Jaan_Tonisson_(Lasteleht), lk 86
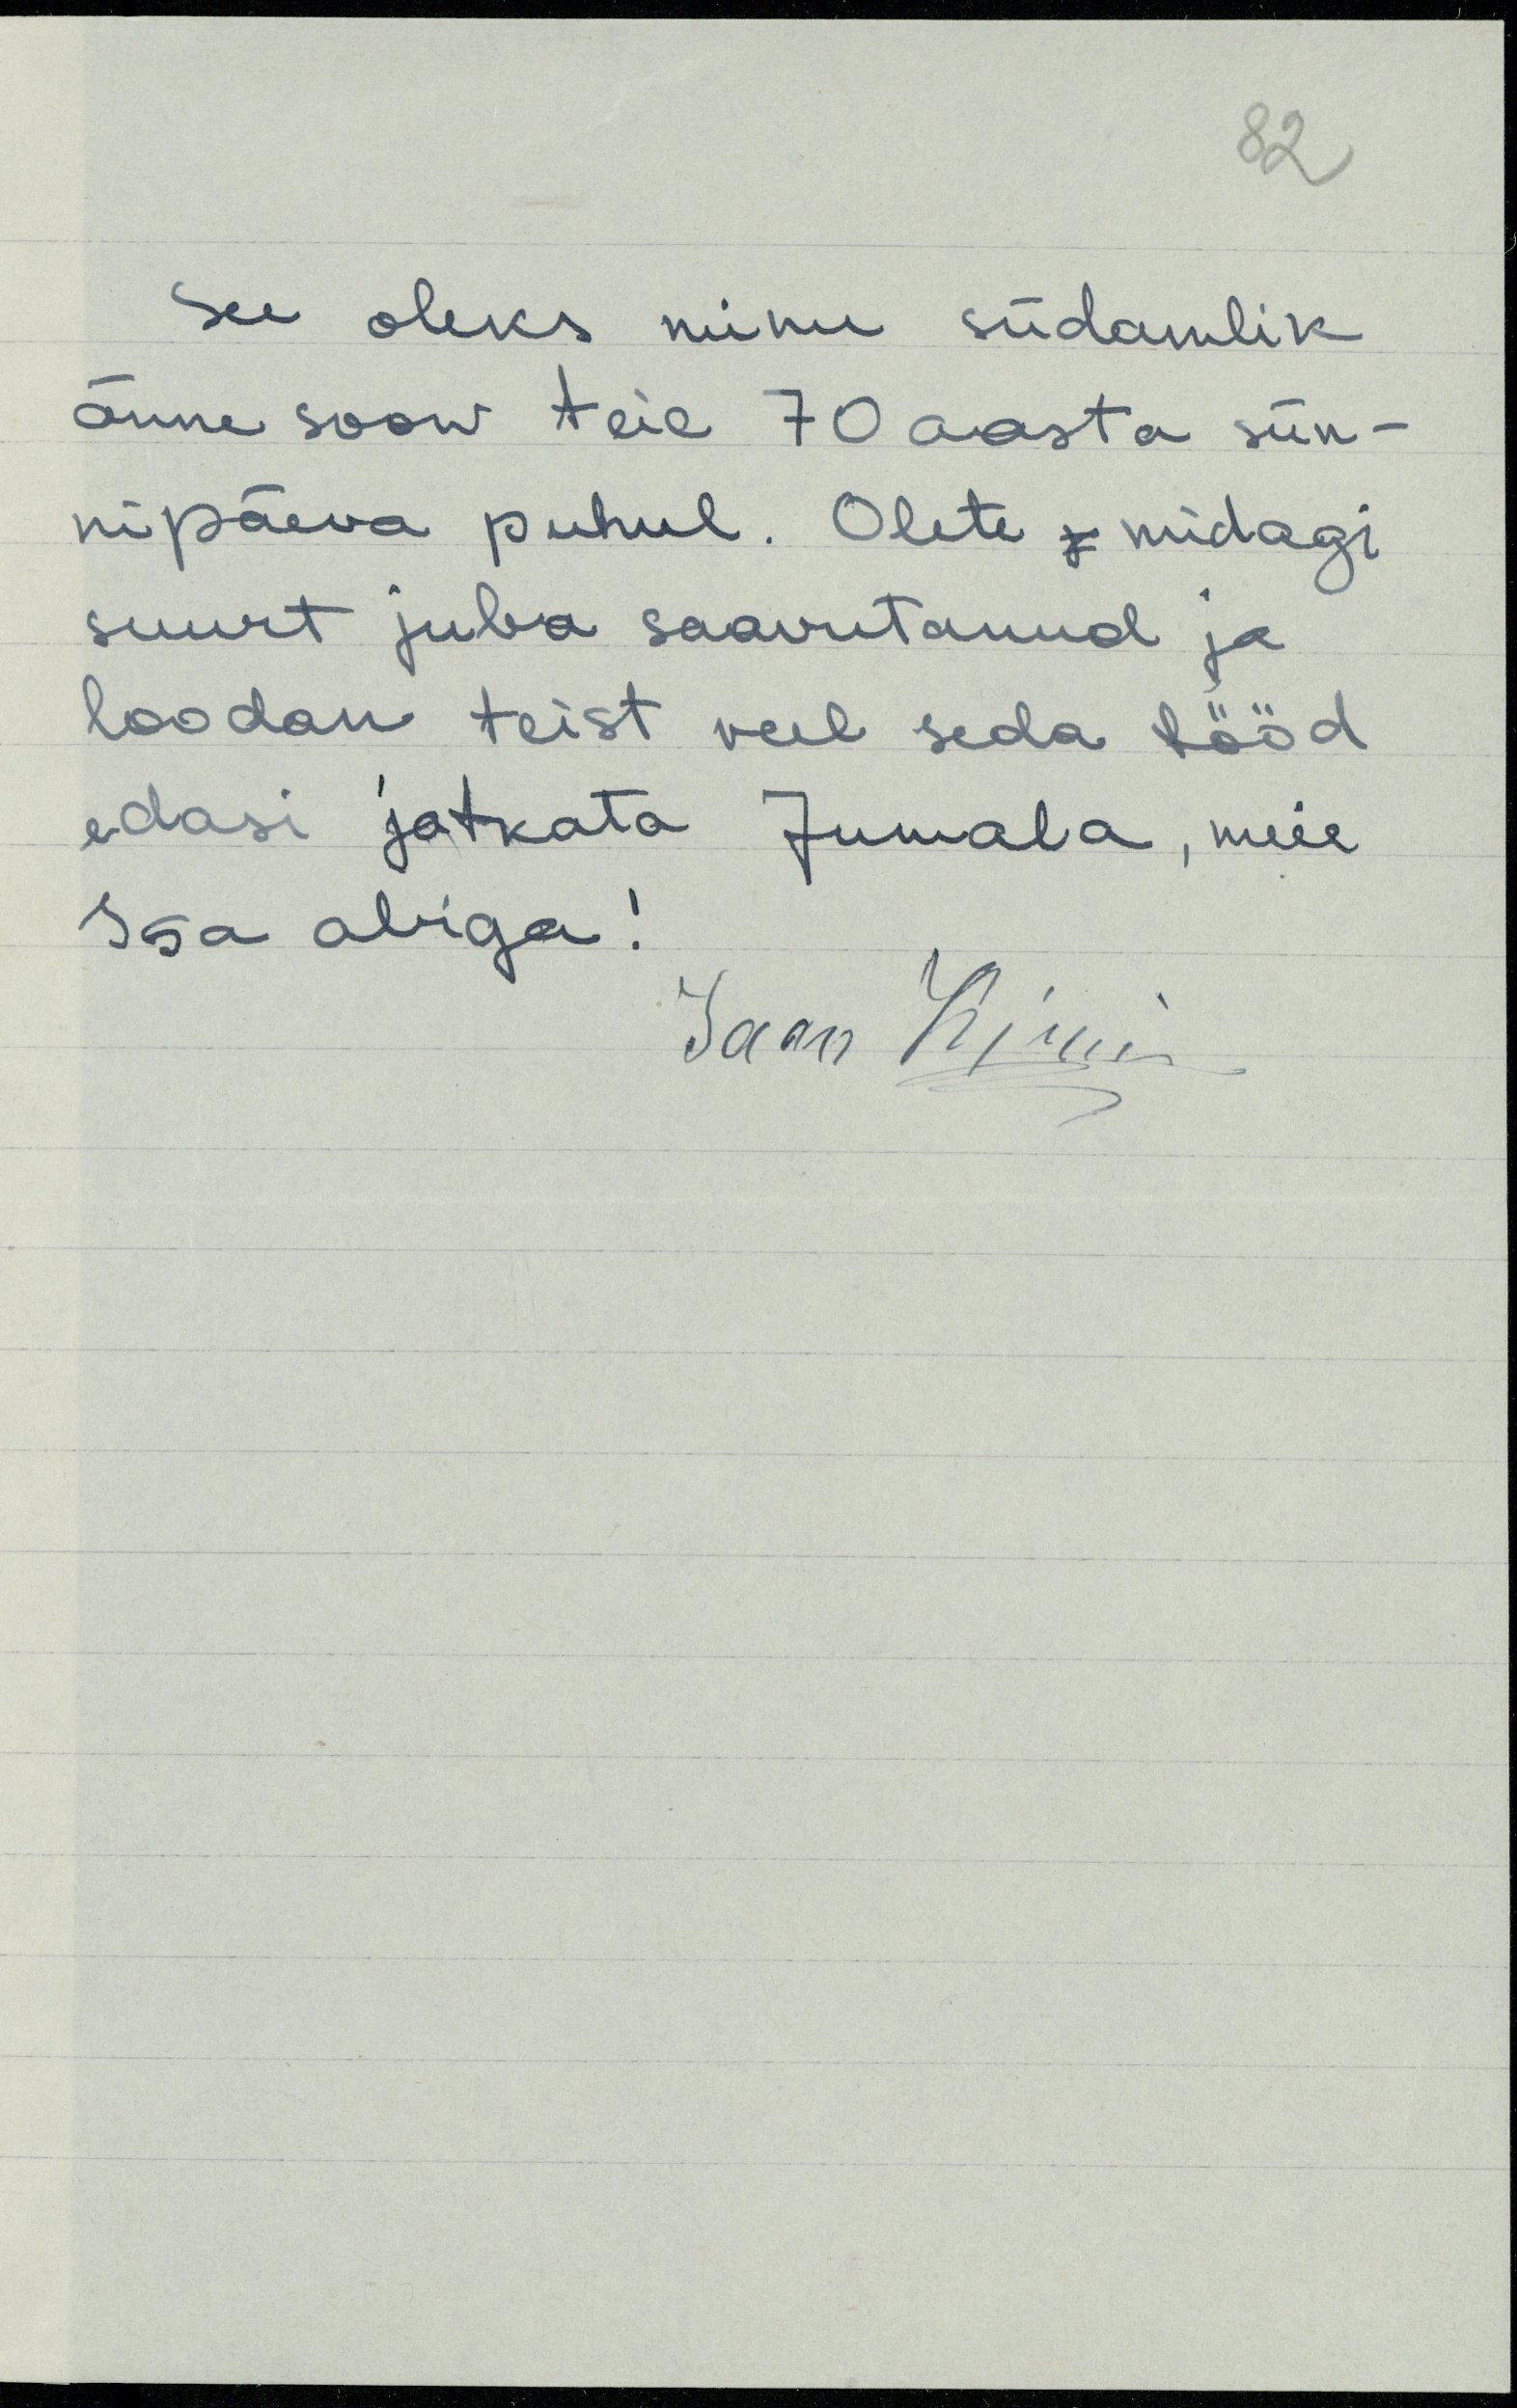
See oleks minu südamlik
õnne soow teie 70 aasta sün-
nipäeva puhul. Olete midagi
suurt juba saavutanud ja
loodan teist veel seda tööd
edasi jatkata Jumala, meie
Isa abiga!
Jaan Kinni

82